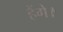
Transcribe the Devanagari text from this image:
हैंगे।